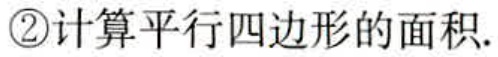
\textcircled{2}计算平行四边形的面积.